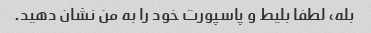
بله، لطفا بلیط و پاسپورت خود را به من نشان دهید.